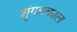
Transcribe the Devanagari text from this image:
शृंगारकाल